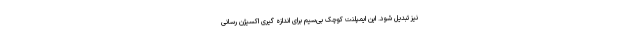
نیز تبدیل شود. این ایمپلنت کوچک بی‌سیم برای اندازه گیری اکسیژن رسانی